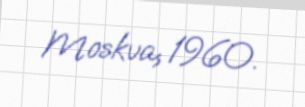
Moskva, 1960.